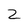
Character: 2